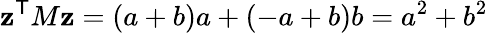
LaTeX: \mathbf{z}^{\textsf{{T}}}M\mathbf{z}=(a+b)a+(-a+b)b=a^{2}+b^{2}